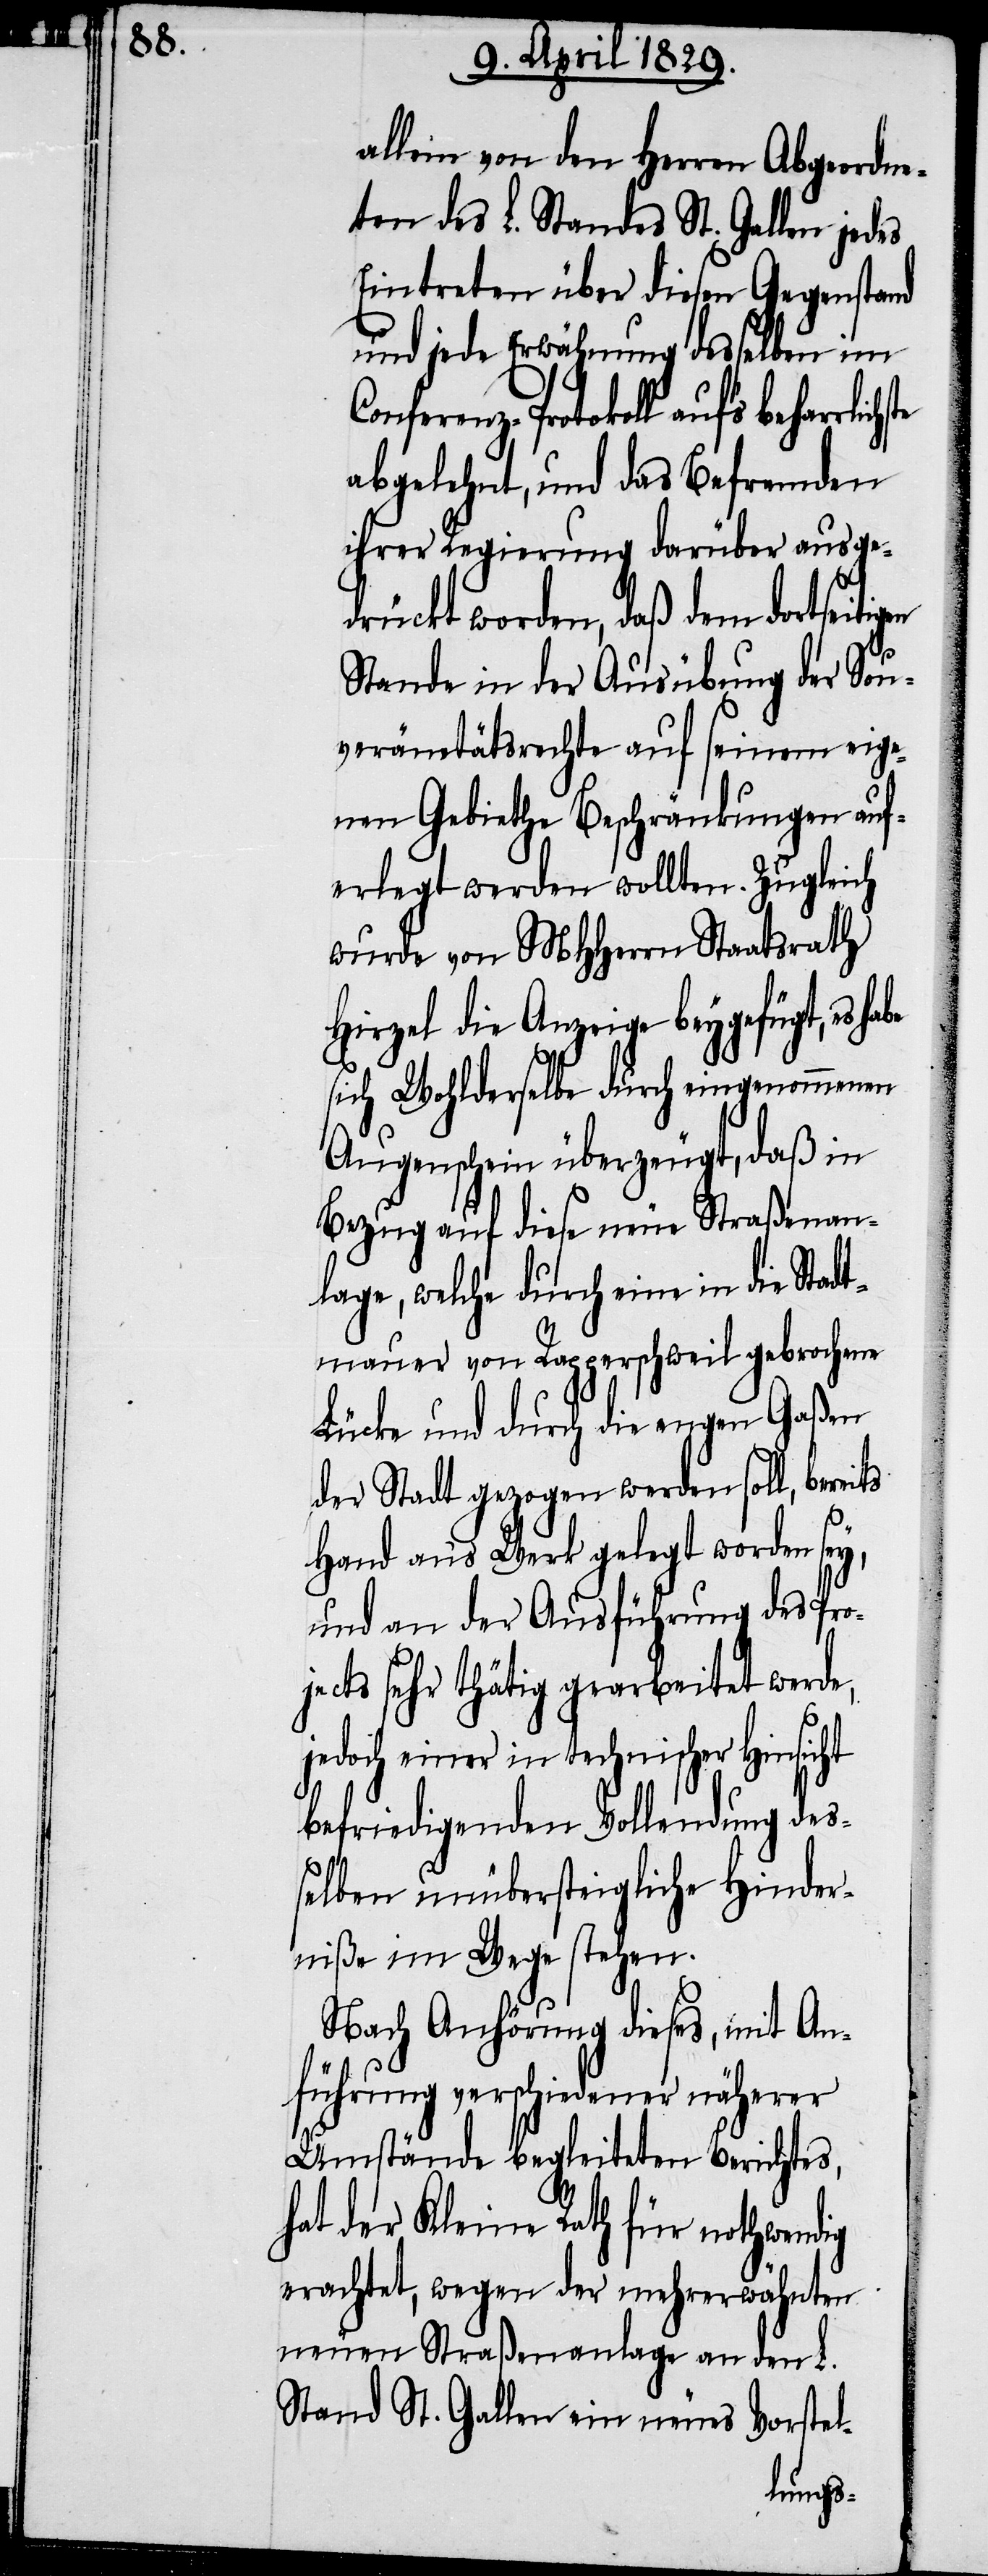
l--

allein von den Herren Abgeordne¬
ten des L. Standes St. Gallen jedes
Eintreten über diesen Gegenstand
und jede Erwähnung desselben im
Conferenz-Protokoll auf’s beharrlich¬
abgelehnt, und das Befremden
ihrer Regierung darüber ausge¬
drückt worden, daß dem dortseiti¬
Stande in der Ausübung der Sou¬
veränetätsrechte auf seinem eige¬
nen Gebiethe Beschränkungen auf¬
erlegt werden wollten. Zugleich
wurde von MHHerrn Staatsrath
Hirzel die Anzeige beygefügt, es
sich Wohlderselbe durch eingenommenen
Augenschein überzeugt, daß in
Bezug auf diese neue Straßenan¬
lage, welche durch eine in die Stadt¬
mauer von Rapperschweil gebrochene
Lücke und durch die engen Gaßen
der Stadt gezogen werden soll, bereits
Hand an’s Werk gelegt worden sey,
und an der Ausführung des Pro¬
jects sehr thätig gearbeitet werde,
einer in technischer Hinsicht
befriedigenden Vollendung des¬
selben unübersteiglich Hinder¬
niße im Wege stehen.
Nach Anhörung dieses, mit An¬
führung verschiedener näherer
Umstände begleiteten Berichtes,
hat der Kleine Rath für nothwendig
erachtet, wegen der mehrerwähnten
neuen Straßenanlage an den L.
Stand St. Gallen ein neues Vorste¬